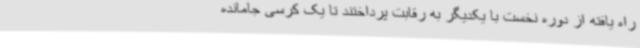
راه یافته از دوره نخست با یکدیگر به رقابت پرداختند تا یک کرسی جامانده